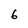
Character: 6